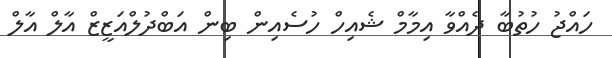
ހައްޖު ހުތުބާ ދެއްވާ އިމާމް ޝެއިހް ހުސެއިން ބިން އަބްދުލްއަޒީޒް އާލް އާލް